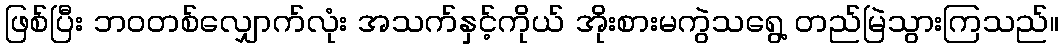
ဖြစ်ပြီး ဘဝတစ်လျှောက်လုံး အသက်နှင့်ကိုယ် အိုးစားမကွဲသရွေ့ တည်မြဲသွားကြသည်။